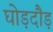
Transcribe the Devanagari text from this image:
घोड़दौड़